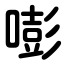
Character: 嘭